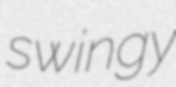
swingy